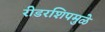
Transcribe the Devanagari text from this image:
रीडरशिपमुळे